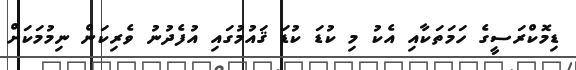
ޑިމޮކްރަސީގެ ހަމަތަކާއި އެކު މި ކުޑަ ކުޑަ ޤައުމުގައި އުފެދުނު ވެރިކަން ނިމުމަކަށް